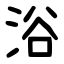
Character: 浴